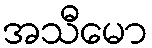
အသီမော